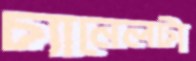
চ্যানেলটা